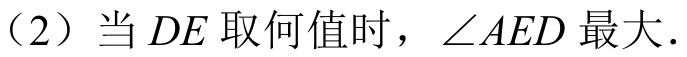
（2）当 \(DE\) 取何值时，\(\angle AED\) 最大.